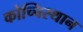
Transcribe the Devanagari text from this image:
कोच्चिस्थान